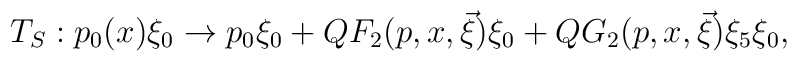
T_{S}:p_{0}(x)\xi _{0}\rightarrow p_{0}\xi _{0}+QF_{2}(p,x,\vec{\xi})\xi_{0}+QG_{2}(p,x,\vec{\xi})\xi _{5}\xi _{0},